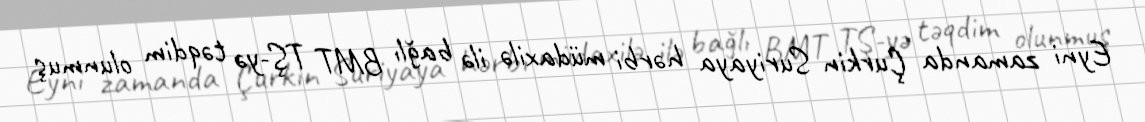
Eyni zamanda Çurkin Suriyaya hərbi müdaxilə ilə bağlı BMT TŞ-yə təqdim olunmuş